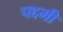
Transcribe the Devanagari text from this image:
पद्दमी